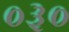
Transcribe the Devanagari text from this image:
०३०